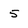
Character: 5